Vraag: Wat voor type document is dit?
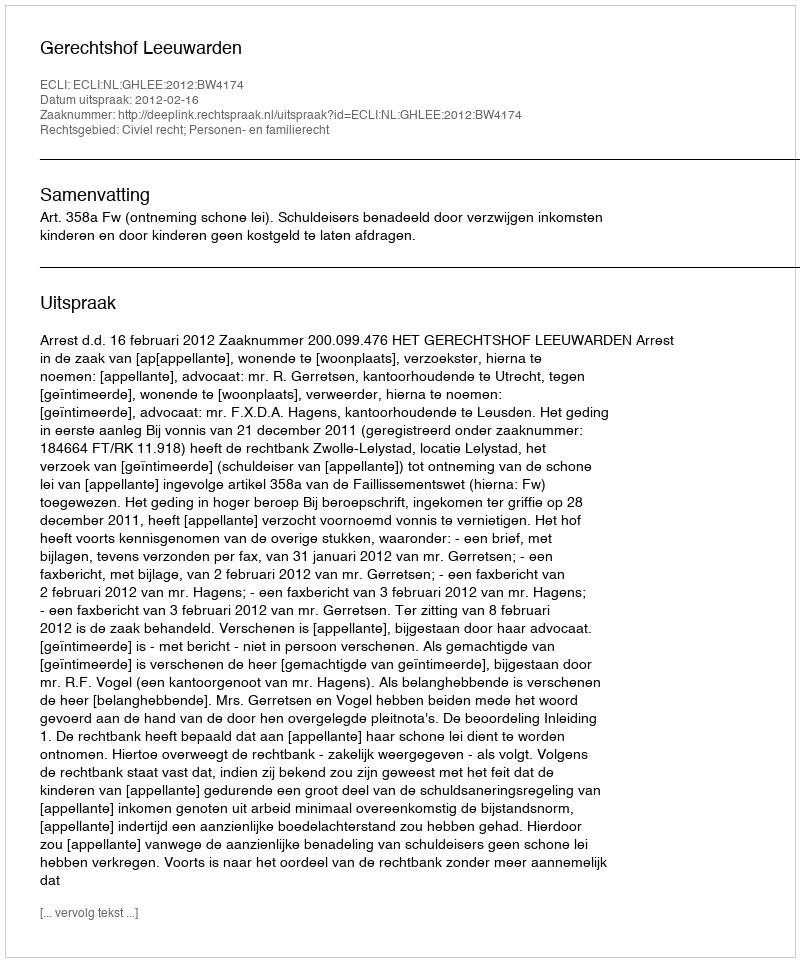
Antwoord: Uitspraak